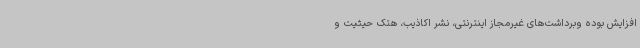
افزایش بوده وبرداشت‌های غیرمجاز اینترنتی، نشر اکاذیب، هتک حیثیت و